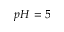
p H = 5